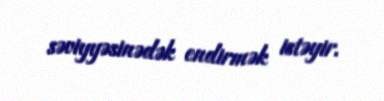
səviyyəsinədək endirmək istəyir.